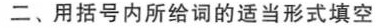
二、用括号内所给词的适当形式填空